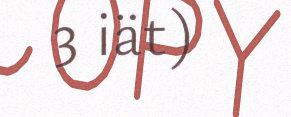
3 iät)